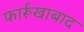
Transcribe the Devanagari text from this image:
फार्रूखाबाद